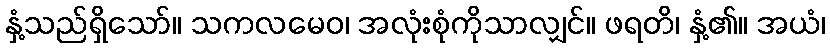
နှံ့သည်ရှိသော်။ သကလမေဝ၊ အလုံးစုံကိုသာလျှင်။ ဖရတိ၊ နှံ့၏။ အယံ၊